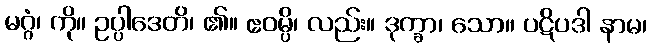
မဂ္ဂံ၊ ကို။ ဥပ္ပါဒေတိ၊ ၏။ ဧဝမ္ပိ၊ လည်း။ ဒုက္ခာ၊ သော။ ပဋိပဒါ နာမ၊